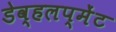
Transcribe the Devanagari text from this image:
डेव्हलप्मेंट